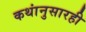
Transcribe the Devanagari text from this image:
कथांनुसारही